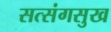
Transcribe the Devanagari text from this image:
सत्संगसुख